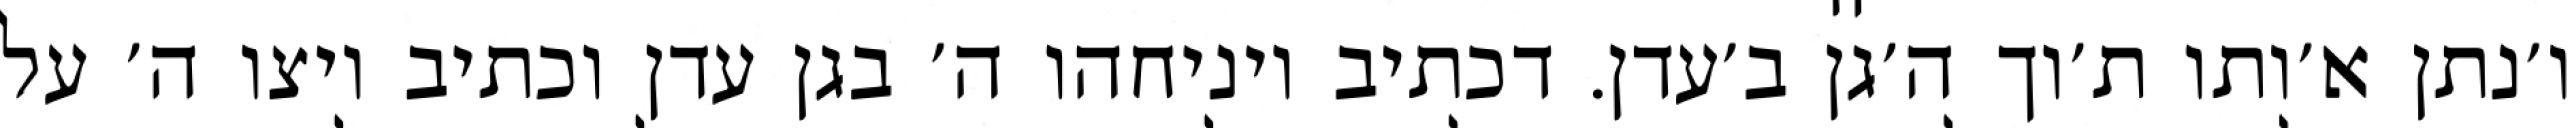
ו׳נתן א׳ותו ת׳וך ה׳גן ב׳עדן. דכתיב ויניחהו ה׳ בגן עדן וכתיב ויצו ה׳ על